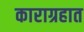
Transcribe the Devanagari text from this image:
काराग्रहात